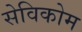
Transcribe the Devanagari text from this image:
सेविकोम